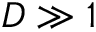
D \gg 1